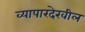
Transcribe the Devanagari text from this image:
व्यापारदेखील